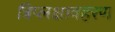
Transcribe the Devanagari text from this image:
त्रिप्लक्षावहरण